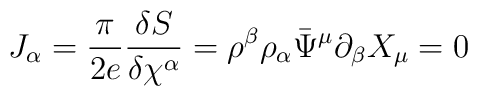
J_{\alpha}= \frac{\pi}{2e}\frac{\delta S}{\delta \chi^{\alpha}}=\rho^{\beta}\rho_{\alpha}\bar{\Psi}^{\mu}\partial_{\beta}X_{\mu}=0